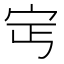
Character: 𡧎